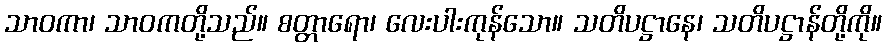
သာဝကာ၊ သာဝကတို့သည်။ စတ္တာရော၊ လေးပါးကုန်သော။ သတိပဋ္ဌာနေ၊ သတိပဋ္ဌာန်တို့ကို။